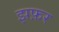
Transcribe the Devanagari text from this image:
झफ़र